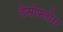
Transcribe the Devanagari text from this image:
डेंसीफ्लोरा